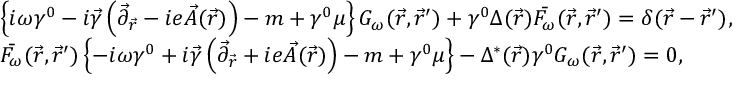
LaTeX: \begin{array} { l } { { \left\{ i \omega \gamma ^ { 0 } - i \vec { \gamma } \left( \vec { \partial } _ { \vec { r } } - i e \vec { A } ( \vec { r } ) \right) - m + \gamma ^ { 0 } \mu \right\} G _ { \omega } ( \vec { r } , \vec { r } ^ { \prime } ) + \gamma ^ { 0 } \Delta ( \vec { r } ) \bar { F _ { \omega } } ( \vec { r } , \vec { r } ^ { \prime } ) = \delta ( \vec { r } - \vec { r } ^ { \prime } ) , } } \\ { { \bar { F _ { \omega } } ( \vec { r } , \vec { r } ^ { \prime } ) \left\{ - i \omega \gamma ^ { 0 } + i \vec { \gamma } \left( \vec { \partial } _ { \vec { r } } + i e \vec { A } ( \vec { r } ) \right) - m + \gamma ^ { 0 } \mu \right\} - \Delta ^ { * } ( \vec { r } ) \gamma ^ { 0 } G _ { \omega } ( \vec { r } , \vec { r } ^ { \prime } ) = 0 , } } \end{array}